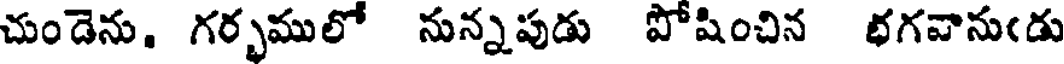
చుండెను. గర్భములో నున్నపుడు పోషించిన భగవానుఁడు